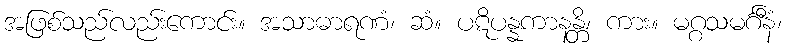
အဖြစ်သည်လည်းကောင်း။ အသာဓာရဏံ၊ ဆံ။ ပဋိပန္နကာနန္တိ၊ ကား။ မဂ္ဂသမင်္ဂီနံ၊